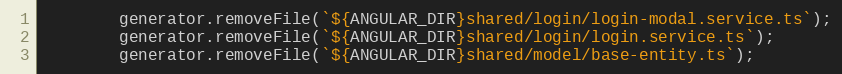
Language: JavaScript
        generator.removeFile(`${ANGULAR_DIR}shared/login/login-modal.service.ts`);
        generator.removeFile(`${ANGULAR_DIR}shared/login/login.service.ts`);
        generator.removeFile(`${ANGULAR_DIR}shared/model/base-entity.ts`);